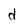
Character: d